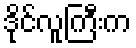
ဒိုင်လူကြီးက